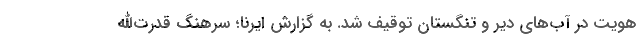
هویت در آب‌های دیر و تنگستان توقیف شد. به گزارش ایرنا؛ سرهنگ قدرت‌الله